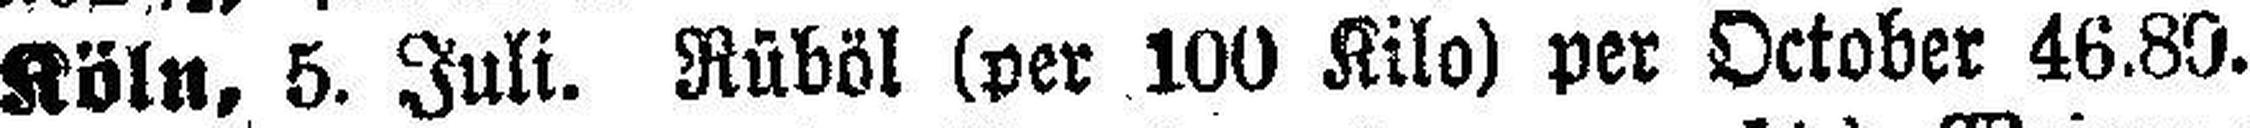
Köln, 5. Juli. Rüböl (per 100 Kilo) per October 46.80.